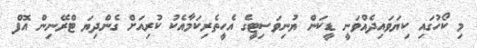
މި ކޯހުގައި ކިޔަވައިދެއްވަނީ ޑީކަން ޔުނިވަސިޓީގެ އެހީތެރިކަމާއެކު ކުރިއަށް ގެންދިޔަ ޓްރޭނިން އޮފް